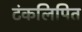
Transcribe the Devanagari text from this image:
टंकलिपित